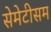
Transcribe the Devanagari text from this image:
सेमेटीसम